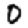
Digit: 0